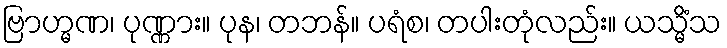
ဗြာဟ္မဏ၊ ပုဏ္ဏား။ ပုန၊ တဘန်။ ပရံစ၊ တပါးတုံလည်း။ ယသ္မိံသ